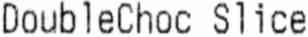
DOUBLECHOC SLICE